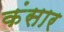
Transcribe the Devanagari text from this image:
कंसार